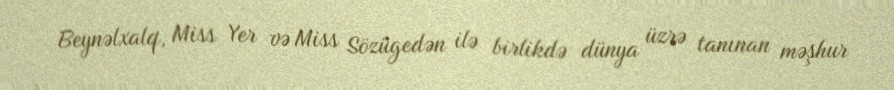
Beynəlxalq, Miss Yer və Miss Sözügedən ilə birlikdə dünya üzrə tanınan məşhur